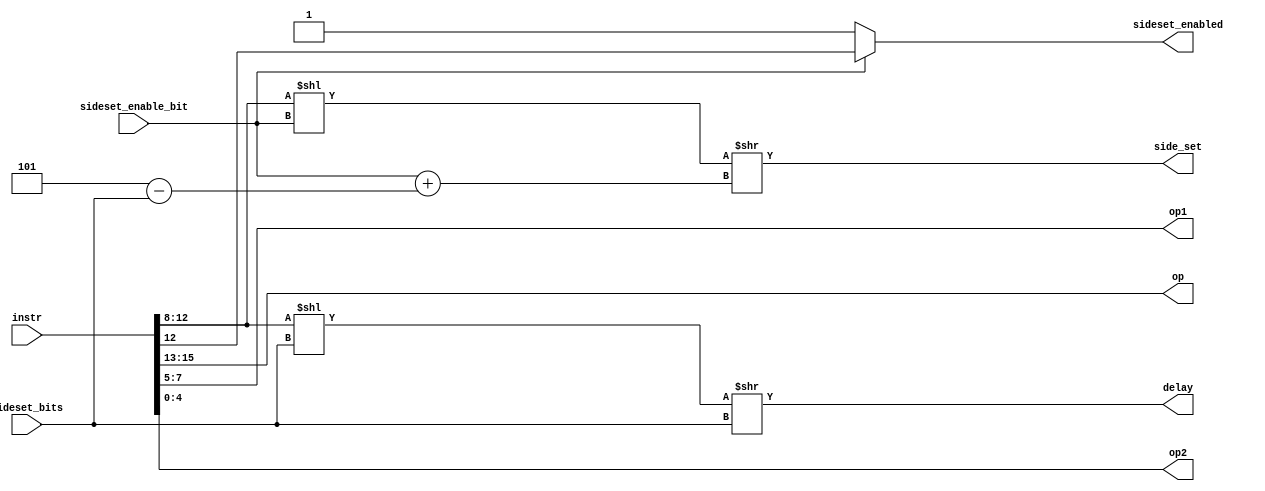
// SPDX-FileCopyrightText: 2022 Lawrie Griffiths
// SPDX-License-Identifier: BSD-2-Clause

`default_nettype none
module decoder (
  input [15:0] instr,
  input [2:0]  sideset_bits,
  input        sideset_enable_bit,
  output [2:0] op,
  output [2:0] op1,
  output [4:0] op2,
  output [4:0] delay,
  output [4:0] side_set,
  output       sideset_enabled
);

  wire [2:0] delay_bits = 5 - sideset_bits;

  assign op = instr[15:13];
  assign op1 = instr[7:5];
  assign op2 = instr[4:0];
  assign delay = (instr[12:8] << sideset_bits) >> sideset_bits;
  assign side_set = instr[12:8] << sideset_enable_bit >> sideset_enable_bit + delay_bits;
  assign sideset_enabled = sideset_enable_bit ? instr[12] : 1;

endmodule